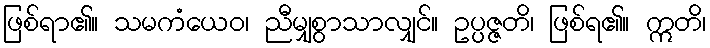
ဖြစ်ရာ၏။ သမကံယေဝ၊ ညီမျှစွာသာလျှင်။ ဥပ္ပဇ္ဇတိ၊ ဖြစ်ရ၏။ ဣတိ၊